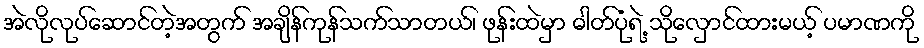
အဲလိုလုပ်ဆောင်တဲ့အတွက် အချိန်ကုန်သက်သာတယ်၊ ဖုန်းထဲမှာ ဓါတ်ပုံရဲ့ သိုလှောင်ထားမယ့် ပမာဏကို